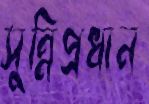
সুন্নিপ্রধান